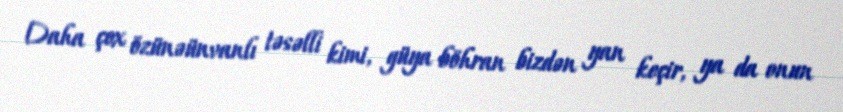
Daha çox özünəünvanlı təsəlli kimi, güya böhran bizdən yan keçir, ya da onun